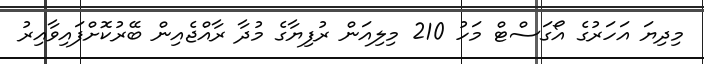
މިދިޔަ އަހަރުގެ އޯގަސްޓް މަހު 210 މިލިއަން ރުފިޔާގެ މުދާ ރާއްޖެއިން ބޭރުކޮށްފައިވާއިރު